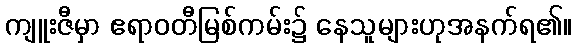
ကျူးဇီမှာ ဧရာဝတီမြစ်ကမ်း၌ နေသူများဟုအနက်ရ၏။